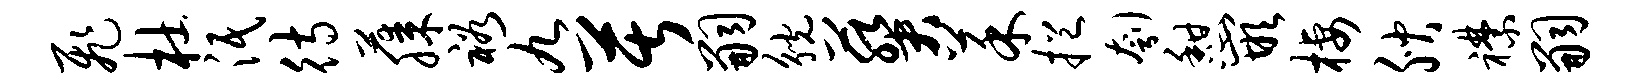
飞杜泯待藤裕九苦嗣觥葵菜挹刳憩嵌栖腴襟嗣